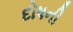
દોષની